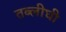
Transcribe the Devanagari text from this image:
तब्लीघी